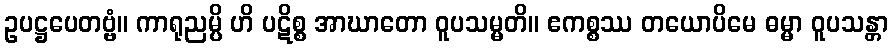
ဥပဋ္ဌပေတဗ္ဗံ။ ကာရုညမ္ပိ ဟိ ပဋိစ္စ အာဃာတော ဝူပသမ္မတိ။ ဧကစ္စဿ တယောပိမေ ဓမ္မာ ဝူပသန္တာ